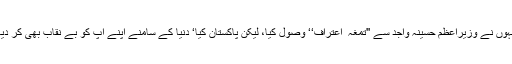
انہوں نے وزیراعظم حسینہ واجد سے ''تمغہ ٔ اعتراف‘‘ وصول کیا، لیکن پاکستان کیا‘ دُنیا کے سامنے اپنے آپ کو بے نقاب بھی کر دیا۔